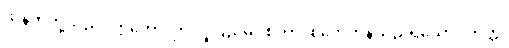
ထိုနတ်တို့သည်။ ဣတော၊ ဤလူပြည်မှ။ စုတာ၊ စုတေကုန်သည်ရှိသော်။ တတ္ထ၊